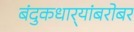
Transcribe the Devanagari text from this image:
बंदुकधार्‍यांबरोबर